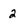
Character: 2